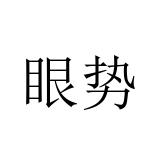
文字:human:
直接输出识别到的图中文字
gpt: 眼势